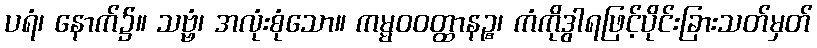
ပရံ၊ နောက်၌။ သဗ္ဗံ၊ အလုံးစုံသော။ ကမ္မဝဝတ္ထာနဉ္စ၊ ကံကိုဒွါရဖြင့်ပိုင်းခြားသတ်မှတ်